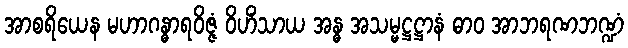
အာစရိယေန မဟာဂန္ဓာရဝိဇ္ဇံ ဝိဟိံသာယ အန္ဓ အသမ္မဋ္ဌဋ္ဌာနံ ဓာဝ အာဘရဏဘဏ္ဍံ